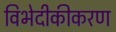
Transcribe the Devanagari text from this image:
विभेदीकीकरण